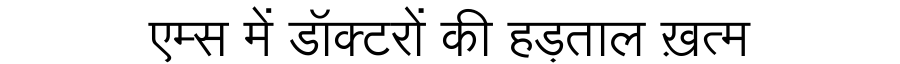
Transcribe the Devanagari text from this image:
एम्स में डॉक्टरों की हड़ताल ख़त्म